Annual report on the Civil Veterinary Department, Burma (including the Insein Veterinary School) - 1910-1922
Year: 1910
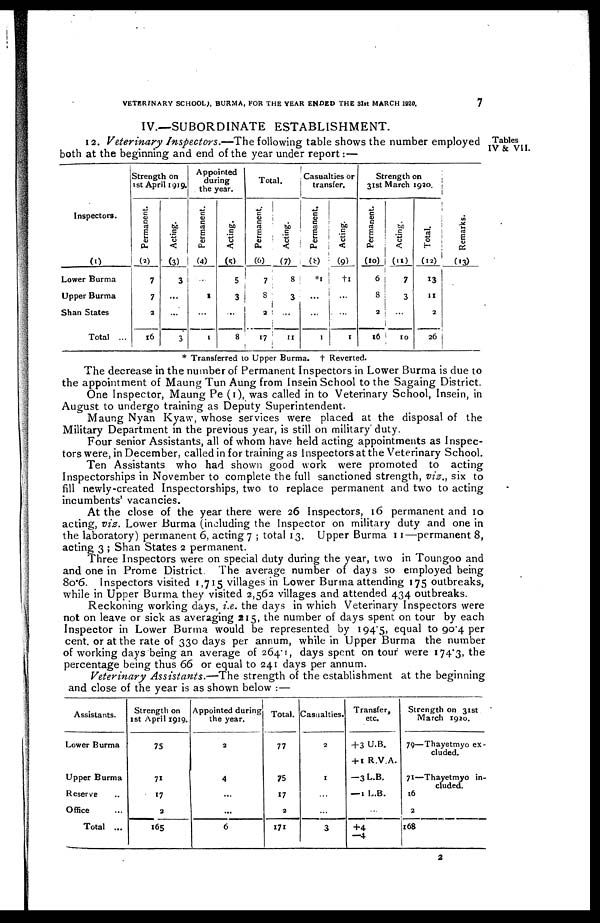
VETERINARY SCHOOL), BURMA, FOR THE YEAR ENDED THE 31st MARCH 1920.
7
IV.—SUBORDINATE ESTABLISHMENT.
Tables
IV & VII.
12. Veterinary Inspectors.—The following table shows the number employed
both at the beginning and end of the year under report:—
Inspectors.
(1)
Lower Burma
Upper Burma
Shan States
Total ...
Strength on
1st April 1919.
Permanent.
(2)
7
7
a
16
Acting.
(3)
3
...
...
3
Appointed
during
the year.
Permanent.
(4)
..
1
...
1
Acting.
(5)
5
3
...
8
Total.
Permanent.
(6)
7
8
2
17
Acting.
(7)
8
3
...
11
Casualties or
transfer.
Permanent.
(8)
*1
...
...
1
Acting.
(9)
†1
...
...
1
Strength on
31st March 1920.
Permanent
(10)
6
8
2
16
Acting.
(11)
7
3
...
10
Total.
(12)
13
11
2
26
Re ma r
ks .
(13)
* Transferred to Upper Burma. † Reverted.
The decrease in the number of Permanent Inspectors in Lower Burma is due to
the appointment of Maung Tun Aung from Insein School to the Sagaing District.
One Inspector, Maung Pe (1), was called in to Veterinary School, Insein, in
August to undergo training as Deputy Superintendent.
Maung Nyan Kyaw, whose services were placed at the disposal of the
Military Department in the previous year, is still on military duty.
Four senior Assistants, all of whom have held acting appointments as Inspec-
tors were, in December, called in for training as Inspectors at the Veterinary School.
Ten Assistants who had shown good work were promoted to acting
Inspectorships in November to complete the full sanctioned strength, viz., six to
fill newly-created Inspectorships, two to replace permanent and two to acting
incumbents' vacancies.
At the close of the year there were 26 Inspectors, 16 permanent and 10
acting, viz. Lower Burma (including the Inspector on military duty and one in
the laboratory) permanent 6, acting 7 ; total 13. Upper Burma 11—permanent 8,
acting 3 ; Shan States 2 permanent.
Three Inspectors were on special duty during the year, two in Toungoo and
and one in Prome District The average number of days so employed being
80.6. Inspectors visited 1,715 villages in Lower Burma attending 175 outbreaks,
while in Upper Burma they visited 2,562 villages and attended 434 outbreaks.
Reckoning working days, i.e. the days in which Veterinary Inspectors were
not on leave or sick as averaging 115, the number of days spent on tour by each
Inspector in Lower Burma would be represented by 1945, equal to 904 per
cent. or at the rate of 330 days per annum, while in Upper Burma the number
of working days being an average of 2641, days spent on tour were 1743, the
percentage being thus 66 or equal to 241 days per annum.
Veterinary Assistants.—The strength of the establishment at the beginning
and close of the year is as shown below :—
Assistants.
Lower Burma
Upper Burma
Reserve ..
Office ...
Total ...
Strength on
1st April 1919.
75
71
17
2
165
Appointed during
the year.
2
4
...
...
6
Total.
77
75
17
2
171
Casualties.
2
1
...
...
3
Transfer,
etc.
+3 U.B.
+ 1 R.V.A.
-3 L.B.
— 1 L.B.
...
+4
—4
Strength on 31st
March 1920.
79—Thayetmyo ex-
cluded.
71—Thayetmyo in-
cluded.
16
2
168
a